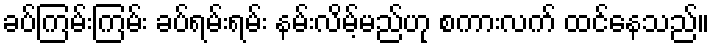
ခပ်ကြမ်းကြမ်း ခပ်ရမ်းရမ်း နမ်းလိမ့်မည်ဟု စကားလက် ထင်နေသည်။